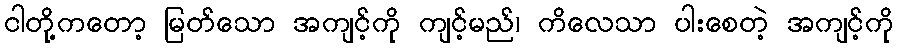
ငါတို့ကတော့ မြတ်သော အကျင့်ကို ကျင့်မည်၊ ကိလေသာ ပါးစေတဲ့ အကျင့်ကို